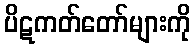
ပိဋကတ်တော်များကို